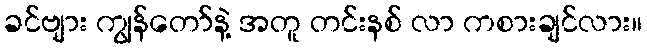
ခင်ဗျား ကျွန်တော်နဲ့ အတူ တင်းနစ် လာ ကစားချင်လား။